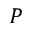
P